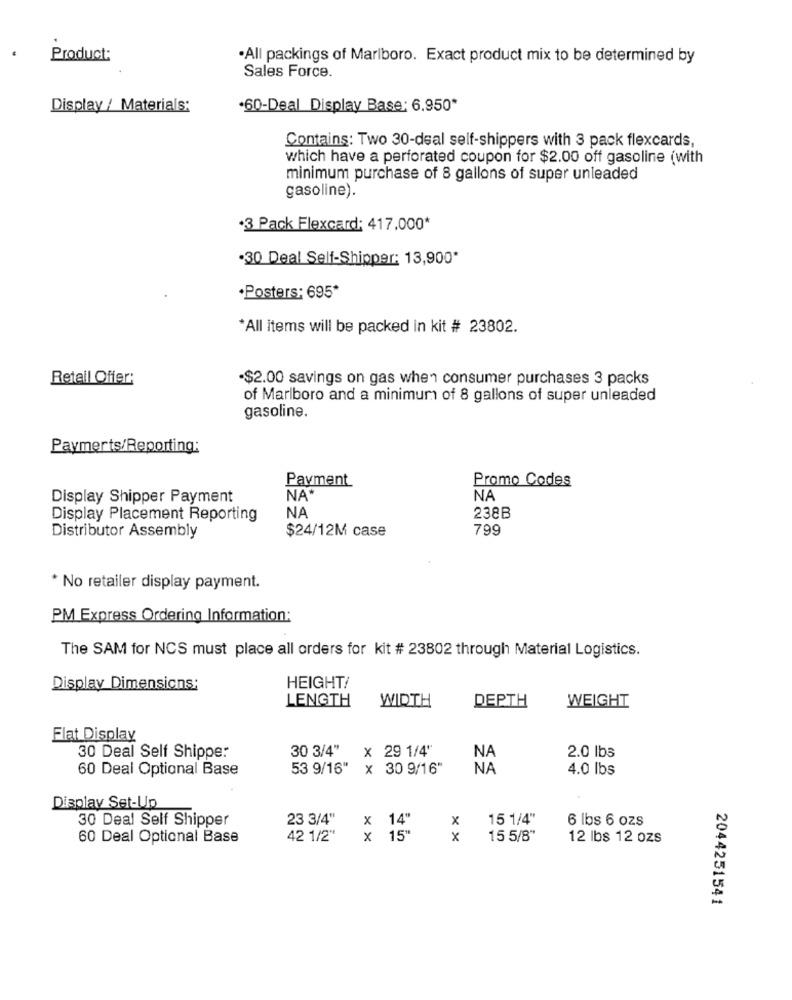
Product:
·All packings of Marlboro. Exact product mix to be determined by
Sales Force.
Display / Materials:
·60-Deal Display Base: 6.950*
Contains: Two 30-deal self-shippers with 3 pack flexcards,
which have a perforated coupon for $2.00 off gasoline (with
minimum purchase of 8 gallons of super unleaded
gasoline).
·3 Pack Flexcard: 417.000*
.30 Deal Self-Shipper: 13,900*
·Posters; 695*
*All items will be packed in kit # 23802.
Retail Offer:
·$2.00 savings on gas when consumer purchases 3 packs
of Marlboro and a minimum of 8 gallons of super unleaded
gasoline.
Paymerts/Reporting:
Promo Codes
Payment
Display Shipper Payment
NA
NA
Display Placement Reporting
NA
238B
$24/12M case
799
Distributor Assembly
* No retailer display payment.
PM Express Ordering Information:
The SAM for NCS must place all orders for kit # 23802 through Material Logistics.
Display Dimensions:
HEIGHT!
LENGTH
WIDTH
DEPTH
WEIGHT
Flat Display
30 Deal Self Shipper
30 3/4"
x 29 1/4"
NA
2.0 lbs
60 Deal Optional Base
53 9/16"
x 30 9/16"
NA
4.0 lbs
Display Set-Up
30 Deal Self Shipper
23 3/4"
( 14"
X
15 1/4"
6 lbs 6 ozs
60 Deal Optional Base
42 1/2"
x
× ×
15"
x
15 5/8"
12 lbs 12 ozs
2044251541